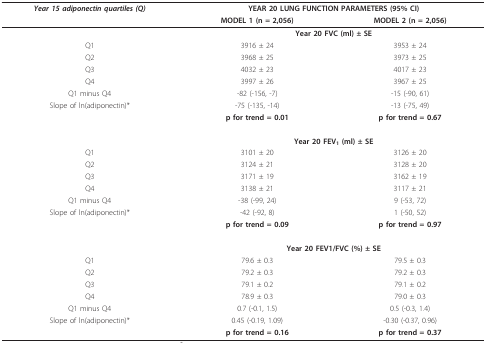
<table><thead><tr><td><b><i>Year 15 adiponectin quartiles (Q)</i></b></td><td colspan="2"><b>YEAR 20 LUNG FUNCTION PARAMETERS (95% CI)</b></td></tr><tr><td></td><td><b>MODEL 1 (n = 2,056)</b></td><td><b>MODEL 2 (n = 2,056)</b></td></tr></thead><tbody><tr><td></td><td colspan="2"><b>Year 20 FVC (ml) ± SE</b></td></tr><tr><td>Q1</td><td>3916 ± 24</td><td>3953 ± 24</td></tr><tr><td>Q2</td><td>3968 ± 25</td><td>3973 ± 25</td></tr><tr><td>Q3</td><td>4032 ± 23</td><td>4017 ± 23</td></tr><tr><td>Q4</td><td>3997 ± 26</td><td>3967 ± 25</td></tr><tr><td>Q1 minus Q4</td><td>-82 (-156, -7)</td><td>-15 (-90, 61)</td></tr><tr><td>Slope of ln(adiponectin)*</td><td>-75 (-135, -14)</td><td>-13 (-75, 49)</td></tr><tr><td></td><td><b>p for trend = 0.01</b></td><td><b>p for trend = 0.67</b></td></tr><tr><td></td><td colspan="2"><b>Year 20 FEV<sub>1 </sub>(ml) ± SE</b></td></tr><tr><td>Q1</td><td>3101 ± 20</td><td>3126 ± 20</td></tr><tr><td>Q2</td><td>3124 ± 21</td><td>3128 ± 20</td></tr><tr><td>Q3</td><td>3171 ± 19</td><td>3162 ± 19</td></tr><tr><td>Q4</td><td>3138 ± 21</td><td>3117 ± 21</td></tr><tr><td>Q1 minus Q4</td><td>-38 (-99, 24)</td><td>9 (-53, 72)</td></tr><tr><td>Slope of ln(adiponectin)*</td><td>-42 (-92, 8)</td><td>1 (-50, 52)</td></tr><tr><td></td><td><b>p for trend = 0.09</b></td><td><b>p for trend = 0.97</b></td></tr><tr><td></td><td colspan="2"><b>Year 20 FEV1/FVC (%) ± SE</b></td></tr><tr><td>Q1</td><td>79.6 ± 0.3</td><td>79.5 ± 0.3</td></tr><tr><td>Q2</td><td>79.2 ± 0.3</td><td>79.2 ± 0.3</td></tr><tr><td>Q3</td><td>79.1 ± 0.2</td><td>79.1 ± 0.2</td></tr><tr><td>Q4</td><td>78.9 ± 0.3</td><td>79.0 ± 0.3</td></tr><tr><td>Q1 minus Q4</td><td>0.7 (-0.1, 1.5)</td><td>0.5 (-0.3, 1.4)</td></tr><tr><td>Slope of ln(adiponectin)*</td><td>0.45 (-0.19, 1.09)</td><td>-0.30 (-0.37, 0.96)</td></tr><tr><td></td><td><b>p for trend = 0.16</b></td><td><b>p for trend = 0.37</b></td></tr></tbody></table>